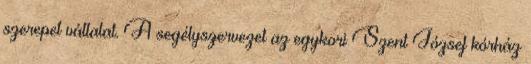
szerepet vállalat. A segélyszervezet az egykori Szent József kórház